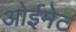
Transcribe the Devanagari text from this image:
ओईमेट